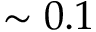
\sim 0 . 1